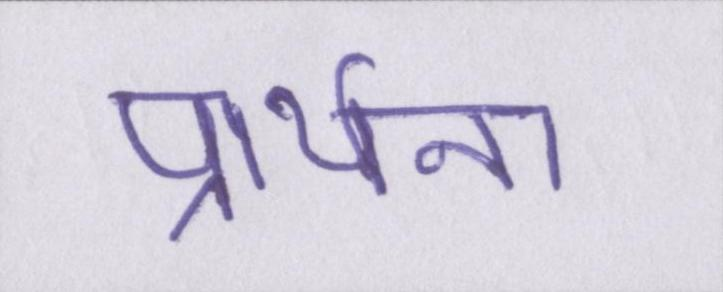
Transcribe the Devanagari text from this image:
प्रार्थना